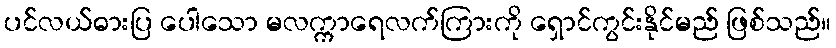
ပင်လယ်ဓားပြ ပေါသော မလက္ကာရေလက်ကြားကို ရှောင်ကွင်းနိုင်မည် ဖြစ်သည်။